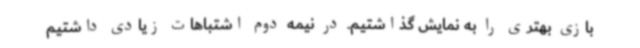
بازی بهتری را به نمایش گذاشتیم. در نیمه دوم اشتباهات زیادی داشتیم